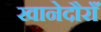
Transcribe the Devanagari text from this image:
खानेदौराँ